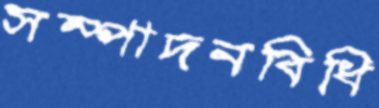
সম্পাদনবিধি